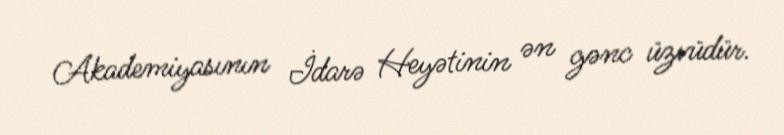
Akademiyasının İdarə Heyətinin ən gənc üzvüdür.